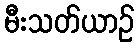
မီးသတ်ယာဉ်